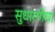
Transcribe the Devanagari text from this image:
सुधारणेचा